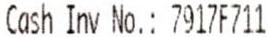
CASH INV NO.: 7917F711